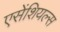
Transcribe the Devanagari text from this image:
एसेंशियल्स